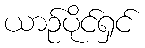
ယာဉ်ပိုင်ရှင်